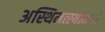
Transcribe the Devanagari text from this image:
अस्थिमत्स्यामध्ये